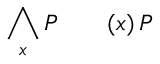
\bigwedge _ { x } P \qquad ( x ) \, P